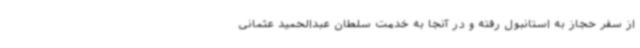
از سفر حجاز به استانبول رفته و در آنجا به خدمت سلطان عبدالحمید عثمانی